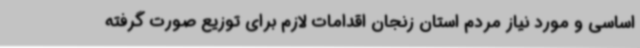
اساسی و مورد نیاز مردم استان زنجان اقدامات لازم برای توزیع صورت گرفته